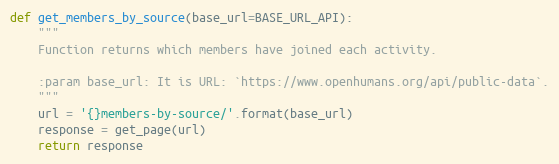
Language: Python
def get_members_by_source(base_url=BASE_URL_API):
    """
    Function returns which members have joined each activity.

    :param base_url: It is URL: `https://www.openhumans.org/api/public-data`.
    """
    url = '{}members-by-source/'.format(base_url)
    response = get_page(url)
    return response